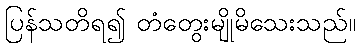
ပြန်သတိရ၍ တံတွေးမျိုမိသေးသည်။